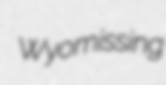
Wyomissing